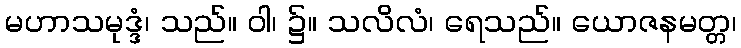
မဟာသမုဒ္ဒံ၊ သည်။ ဝါ၊ ၌။ သလိလံ၊ ရေသည်။ ယောဇနမတ္တ၊